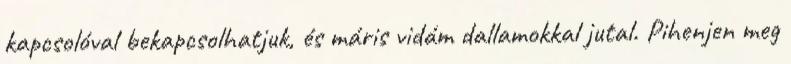
kapcsolóval bekapcsolhatjuk, és máris vidám dallamokkal jutal. Pihenjen meg